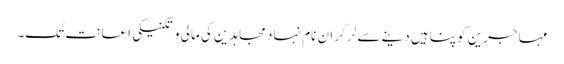
مہاجرین کو پناہیں دینے سے لر کر ان نام نہاد مجاہدین کی مالی و تکنیکی اعانت تک۔